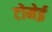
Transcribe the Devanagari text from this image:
टोमेई